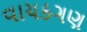
વાચકગણ